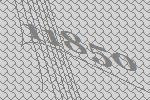
11850